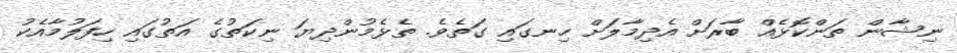
ނިޝާން ތަންކޮޅެއް ބާރަށް އެދިމާލަށް ހިނގައި ގަތެވެ. ތެޅެމުންދިޔަ ނިކަތުގެ އަތުގައި ހިފަލުމާއެކު